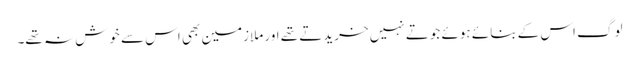
لوگ اس کے بنائے ہوئے جوتے نہیں خریدتے تھے اور ملازمین بھی اس سے خوش نہ تھے۔